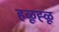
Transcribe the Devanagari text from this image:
हळूह्ळू